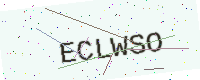
Text: ECLWSO